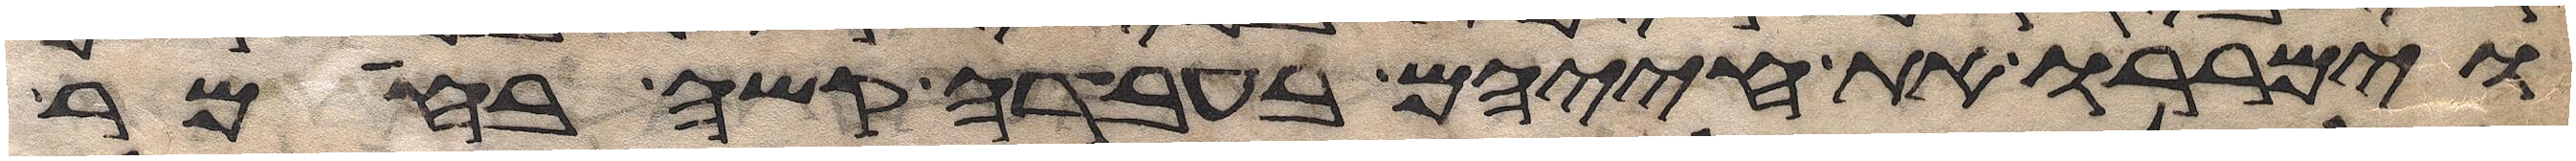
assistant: וימררו את חייהם בעבדה קשה בחימר